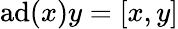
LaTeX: {\textrm{ad}}(x)y=[x,y]